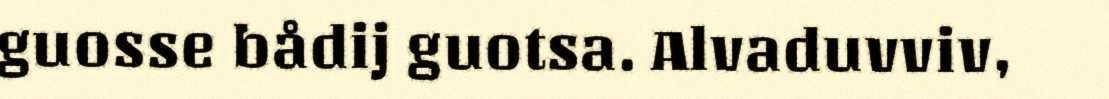
guosse bådij guotsa. Alvaduvviv,